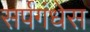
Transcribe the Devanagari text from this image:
सर्पगंधेस